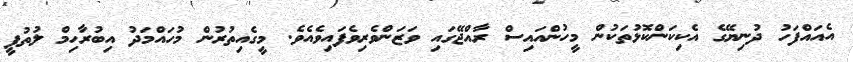
އެއައްފަހު ދުނިޔޭގެ އެކިކަންކޮޅުތަކުން މީހުންއައިސް ރާއްޖޭގައި ވަޒަންވެރިވެފައިވެއެވެ. މީގެއިތުރުން މުހައްމަދު އިބުރާހިމް ލުތުފީ